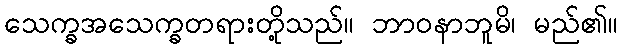
သေက္ခအသေက္ခတရားတို့သည်။ ဘာဝနာဘူမိ၊ မည်၏။